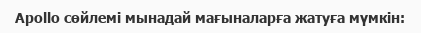
Apollo сөйлемі мынадай мағыналарға жатуға мүмкін: